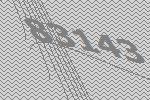
83143